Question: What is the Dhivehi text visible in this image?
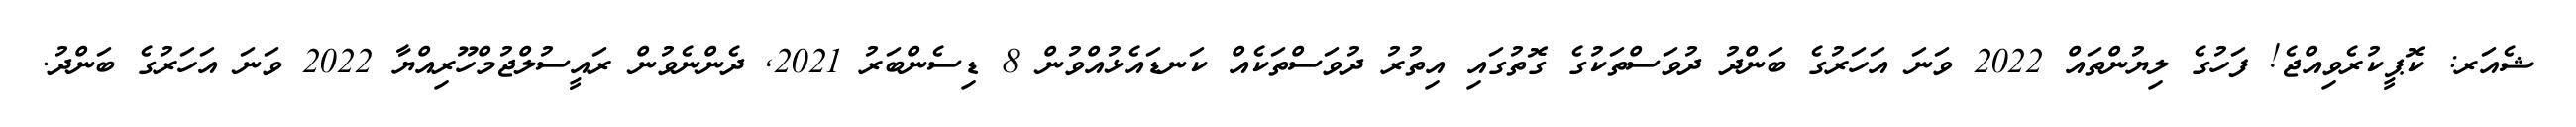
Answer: ޝެއަރ: ކޮޕީކުރެވިއްޖެ! ފަހުގެ ލިޔުންތައް 2022 ވަނަ އަހަރުގެ ބަންދު ދުވަސްތަކުގެ ގޮތުގައި އިތުރު ދުވަސްތަކެއް ކަނޑައެޅުއްވުން 8 ޑިސެންބަރު 2021, ދެންނެވުން ރައީސުލްޖުމްހޫރިއްޔާ 2022 ވަނަ އަހަރުގެ ބަންދު.